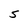
Character: S